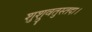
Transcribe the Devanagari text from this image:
शुश्रुवतुस्तदा।